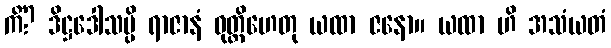
ကိံ? ဒိဋ္ဌဒေါသမ္ပိ ရာဇာနံ ဝုတ္တိဟေတု ယထာ ဇနော။ ယထာ ဟိ အသံယတံ